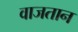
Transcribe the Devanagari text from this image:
वाजतान